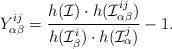
LaTeX: \begin{align*}Y_{\alpha\beta}^{ij}=\frac{h(\mathcal{I})\cdot h(\mathcal{I}_{\alpha\beta}^{ij})}{h(\mathcal{I}_{\beta}^{i})\cdot h(\mathcal{I}_{\alpha}^{j})}-1. \end{align*}